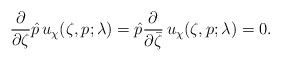
\begin{align*}\frac\partial{\partial\zeta}\hat p \, u_\chi(\zeta,p;\lambda)= \hat p\frac\partial{\partial\bar\zeta} \, u_\chi(\zeta,p;\lambda)=0.\end{align*}